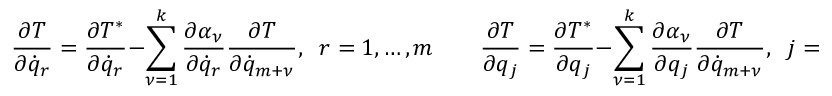
\frac { \partial T } { \partial { \dot { q } } _ { r } } = \frac { \partial T ^ { * } } { \partial { \dot { q } } _ { r } } - \sum _ { \nu = 1 } ^ { k } \frac { \partial \alpha _ { \nu } } { \partial { \dot { q } } _ { r } } \frac { \partial T } { \partial { \dot { q } } _ { m + \nu } } , \; \; r = 1 , \dots , m \qquad \frac { \partial T } { \partial q _ { j } } = \frac { \partial T ^ { * } } { \partial q _ { j } } - \sum _ { \nu = 1 } ^ { k } \frac { \partial \alpha _ { \nu } } { \partial q _ { j } } \frac { \partial T } { \partial { \dot { q } } _ { m + \nu } } , \; \; j = 1 , \dots , n